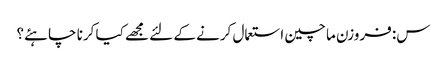
س: فروزن ما چین استعمال کرنے کے لئے مجھے کیا کرنا چاہئے؟